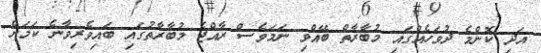
އަދި ކޮންމެ ދުވަހެއްގައި މުބާރާތް ބޭއްވި ނަމަވެސް ރާއްޖެ މުބާރާތުގައި ބައިވެރިވާނެ ކަމަށް